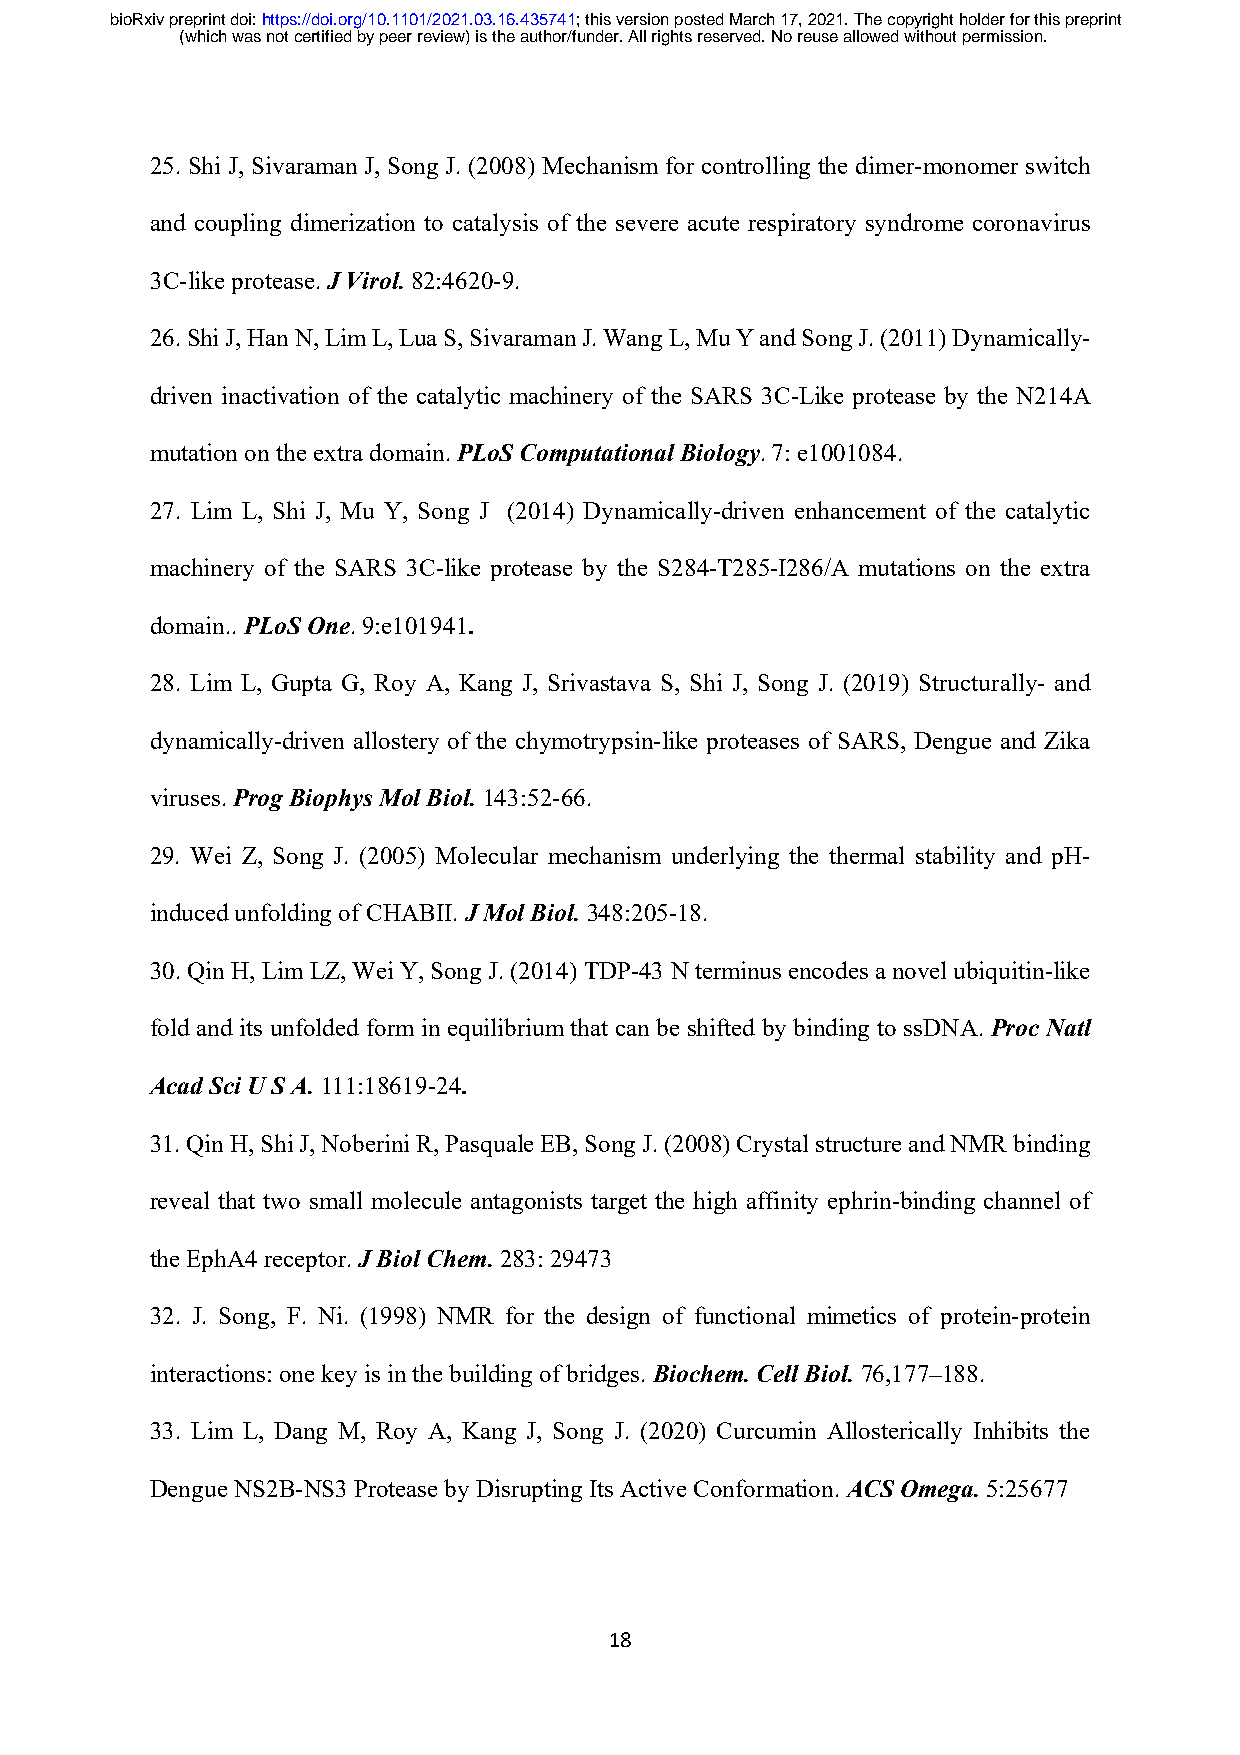
bioRxiv preprint doi: https://doi.org/10.1101/2021.03.16.435741; this version posted March 17, 2021. The copyright holder for this preprint
 (which was not certified by peer review) is the author/funder. All rights reserved. No reuse allowed without permission.
 25. Shi J, Sivaraman J, Song J. (2008) Mechanism for controlling the dimer-monomer switch
 and coupling dimerization to catalysis of the severe acute respiratory syndrome coronavirus
 3C-like protease. J Virol. 82:4620-9.
 26. Shi J, Han N, Lim L, Lua S, Sivaraman J. Wang L, Mu Y and Song J. (2011) Dynamically-
 driven inactivation of the catalytic machinery of the SARS 3C-Like protease by the N214A
 mutation on the extra domain. PLoS Computational Biology. 7: e1001084.
 27. Lim L, Shi J, Mu Y, Song J (2014) Dynamically-driven enhancement of the catalytic
 machinery of the SARS 3C-like protease by the S284-T285-I286/A mutations on the extra
 domain.. PLoS One. 9:e101941.
 28. Lim L, Gupta G, Roy A, Kang J, Srivastava S, Shi J, Song J. (2019) Structurally- and
 dynamically-driven allostery of the chymotrypsin-like proteases of SARS, Dengue and Zika
 viruses. Prog Biophys Mol Biol. 143:52-66.
 29. Wei Z, Song J. (2005) Molecular mechanism underlying the thermal stability and pH-
 induced unfolding of CHABII. J Mol Biol. 348:205-18.
 30. Qin H, Lim LZ, Wei Y, Song J. (2014) TDP-43 N terminus encodes a novel ubiquitin-like
 fold and its unfolded form in equilibrium that can be shifted by binding to ssDNA. Proc Natl
 Acad Sci U S A. 111:18619-24.
 31. Qin H, Shi J, Noberini R, Pasquale EB, Song J. (2008) Crystal structure and NMR binding
 reveal that two small molecule antagonists target the high affinity ephrin-binding channel of
 the EphA4 receptor. J Biol Chem. 283: 29473
 32. J. Song, F. Ni. (1998) NMR for the design of functional mimetics of protein-protein
 interactions: one key is in the building of bridges. Biochem. Cell Biol. 76,177–188.
 33. Lim L, Dang M, Roy A, Kang J, Song J. (2020) Curcumin Allosterically Inhibits the
 Dengue NS2B-NS3 Protease by Disrupting Its Active Conformation. ACS Omega. 5:25677
 18